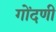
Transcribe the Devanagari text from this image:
गोंदणी